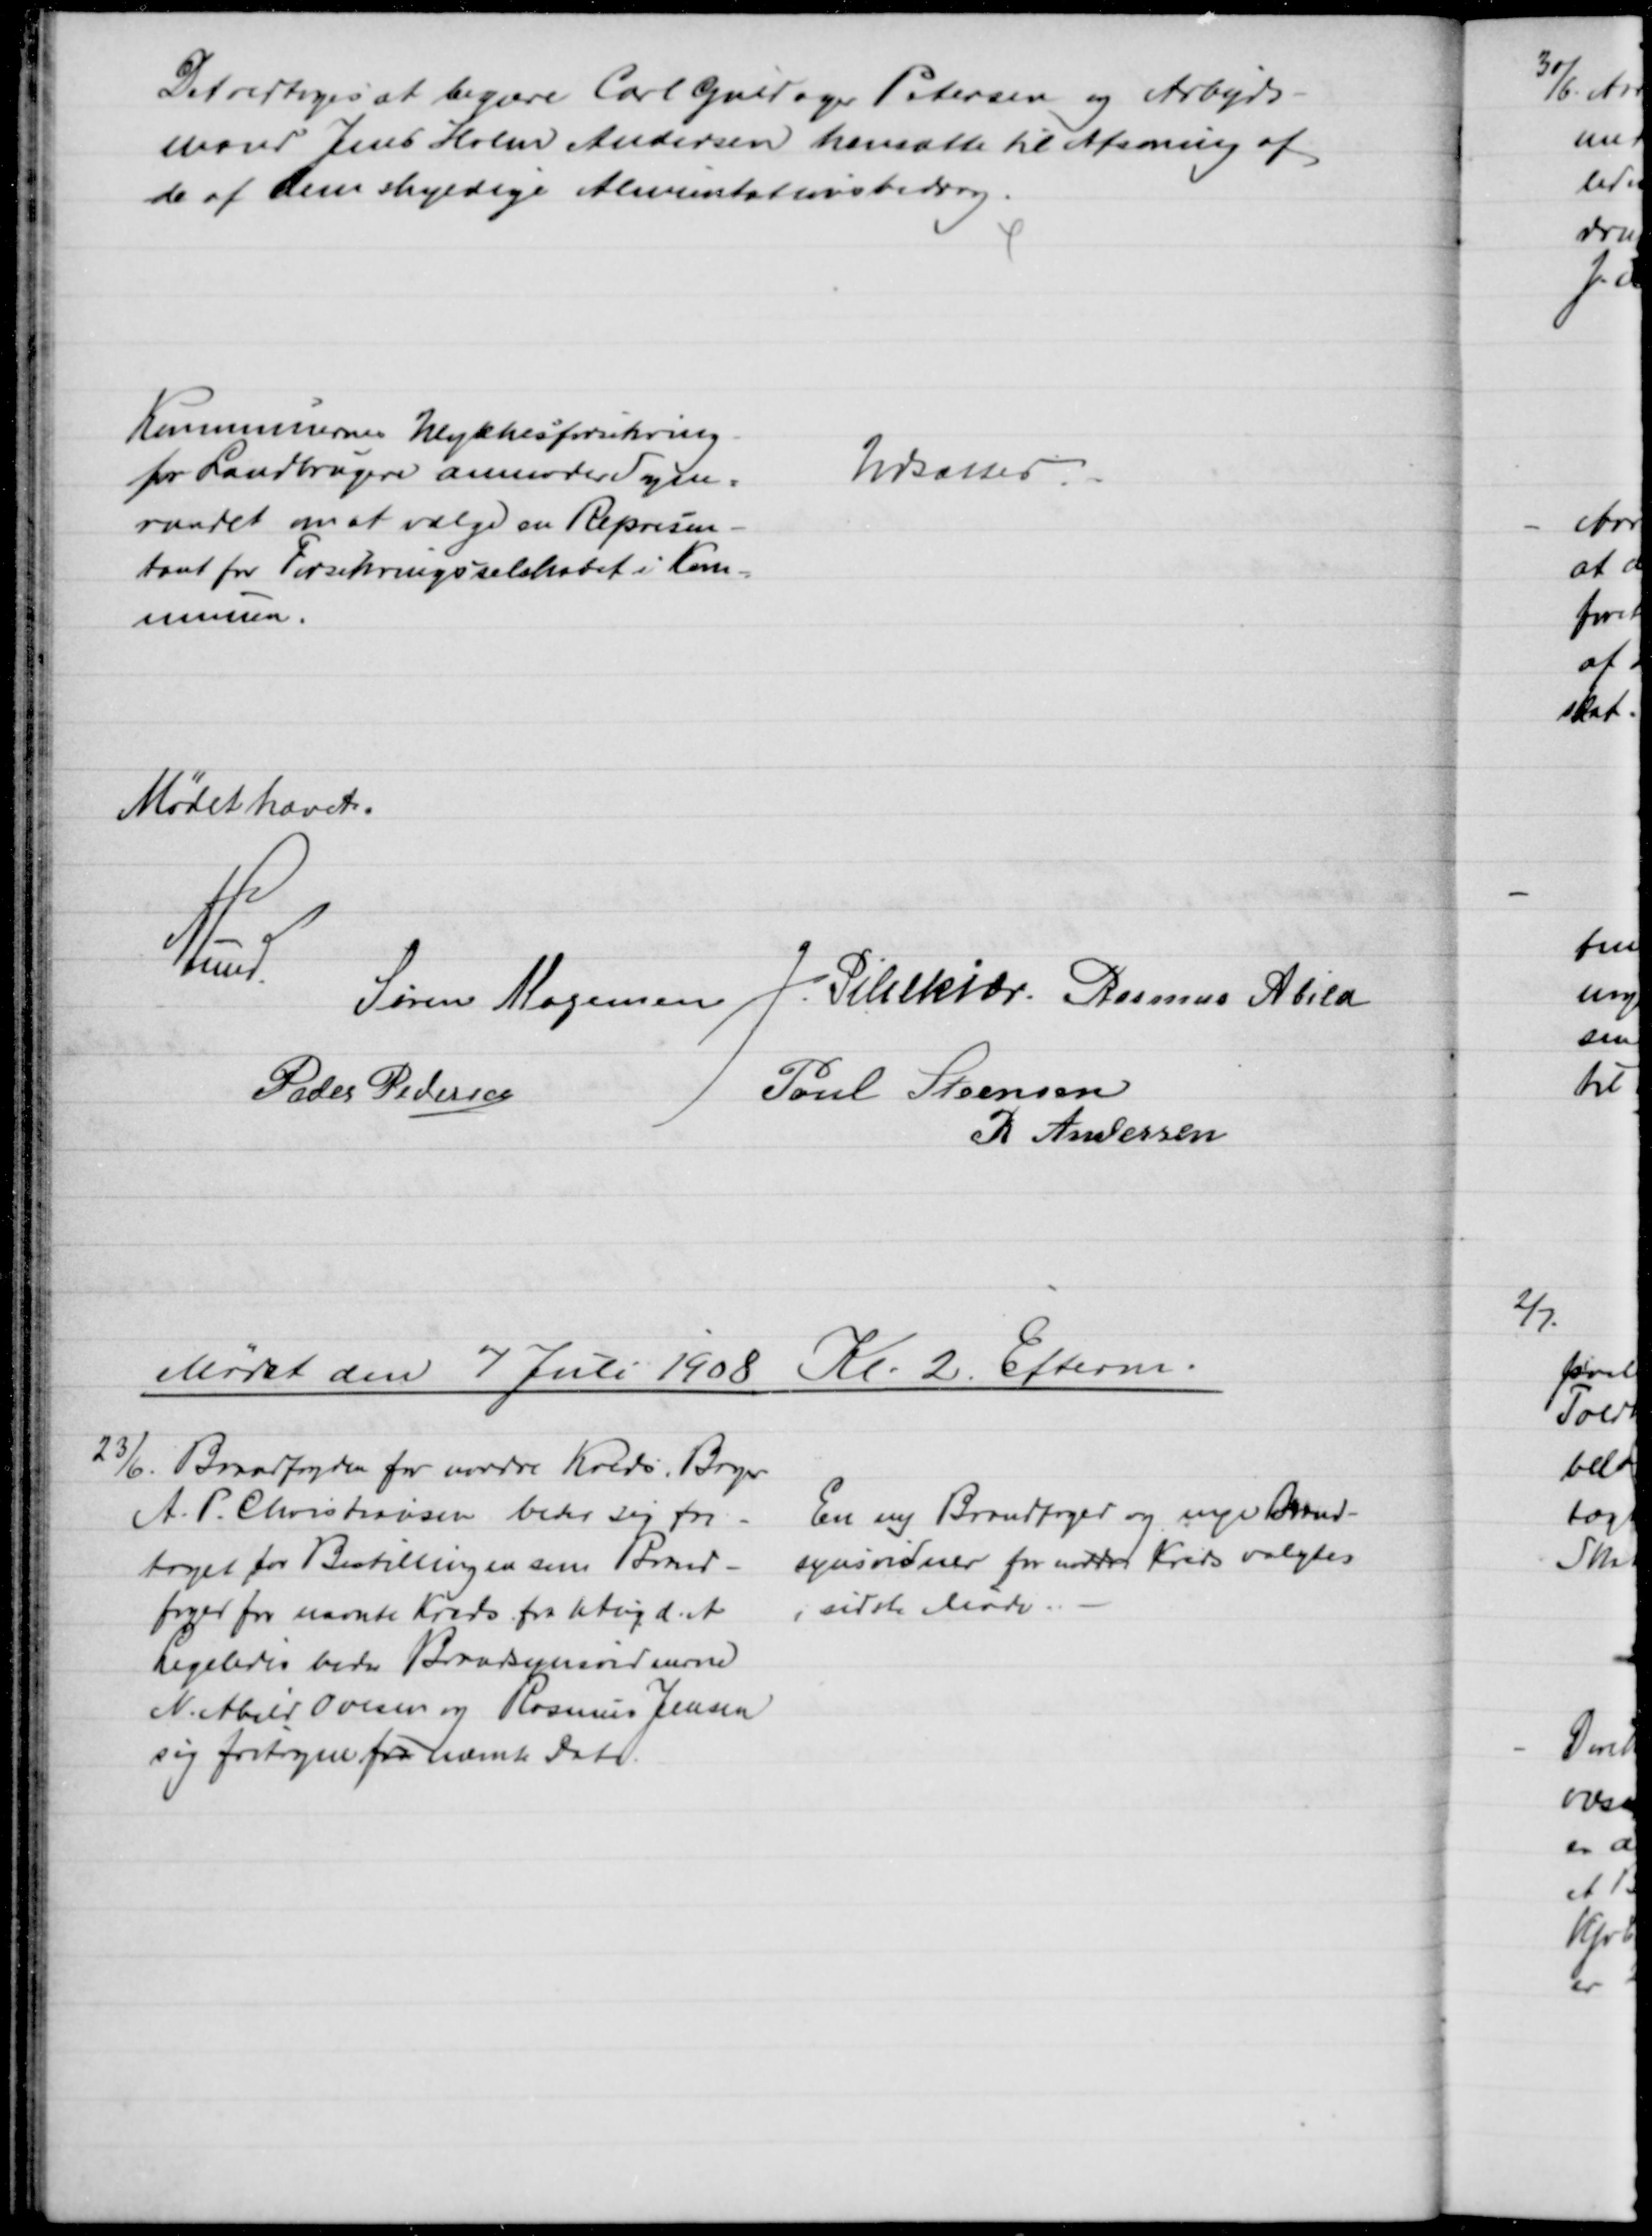
Transskription:
Det vedtoges at begære Carl Guldager Petersen og Arbejds-
mand Jens Holm Andersen hensætte til Afsoning af
de af dem skyldige Alimentationsbidrag.
Kommunernes Ulykkesforsikring
for Landbrugere anmoder Sogne=
raadet om at vælge en Repræsen-
tant for Forsikringsselskabet i Kom-
munen.
Udsattes.
Mødet hævet.
A. Lund.
Søren Mogensen J. Pihlkjær. Rasmus Abild
Peder Pedersen
Poul Steensen
R Andersen
Mødet den 7 Juli 1908 Kl. 2. Efterm.
23/6
Brandfogden for nordre Kreds Bager
A. P. Christiansen beder sig fri-
taget for Bestillingen som Brand-
foged for nævnte Kreds fra 1 Aug d. A.
Ligeledes beder Brandsynsvidnerne
N. Abild Ovesen og Rasmus Jensen
sig fortagne fra nævnte Dato.
En ny Brandfoged og nye Brand-
synsvidner for nordre Kreds valgtes
i sidste Møde.